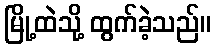
မြို့ထဲသို့ ထွက်ခဲ့သည်။